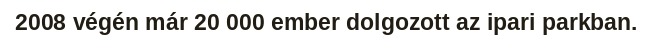
2008 végén már 20 000 ember dolgozott az ipari parkban.